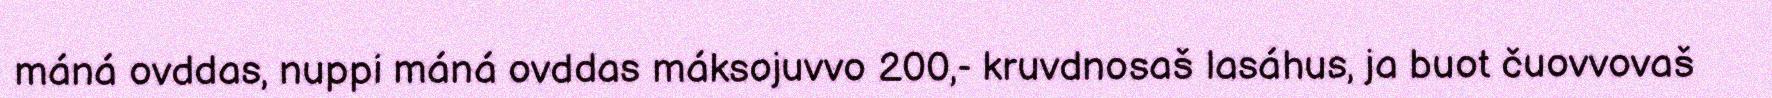
máná ovddas, nuppi máná ovddas máksojuvvo 200,- kruvdnosaš lasáhus, ja buot čuovvovaš